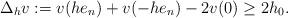
LaTeX: \begin{align*} \Delta_hv:=v(he_n)+v(-he_n)-2v(0)\geq 2h_0. \end{align*}